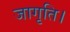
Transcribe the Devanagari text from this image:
जागृति।